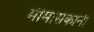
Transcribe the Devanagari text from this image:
मीमांसकांनी